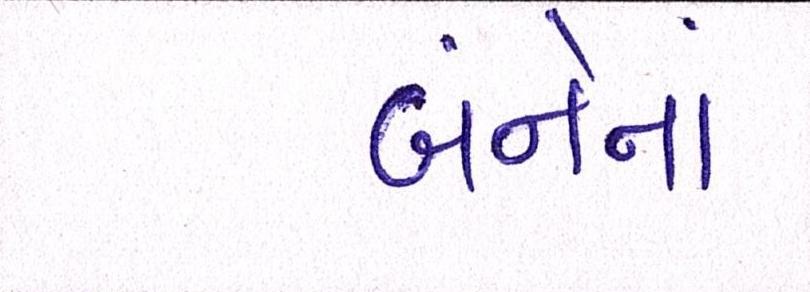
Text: બંનેનાં